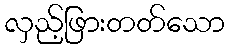
လှည့်ဖြားတတ်သော